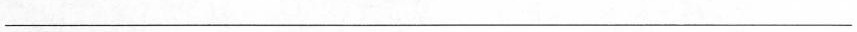
___